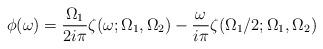
LaTeX: \begin{align*} \phi(\omega) = \frac{\Omega_1}{2i\pi}\zeta(\omega;\Omega_1,\Omega_2)-\frac{\omega}{i\pi}\zeta(\Omega_1/2;\Omega_1,\Omega_2)\end{align*}